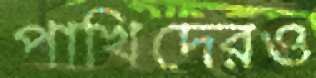
পাখিদেরও